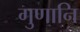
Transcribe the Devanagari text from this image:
गुणानि